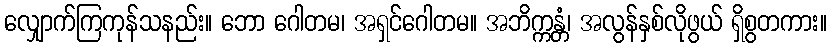
လျှောက်ကြကုန်သနည်း။ ဘော ဂေါတမ၊ အရှင်ဂေါတမ။ အဘိက္ကန္တံ၊ အလွန်နှစ်လိုဖွယ် ရှိစွတကား။